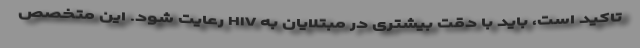
تاکید است، باید با دقت بیشتری در مبتلایان به HIV رعایت شود. این متخصص